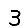
Digit: 3